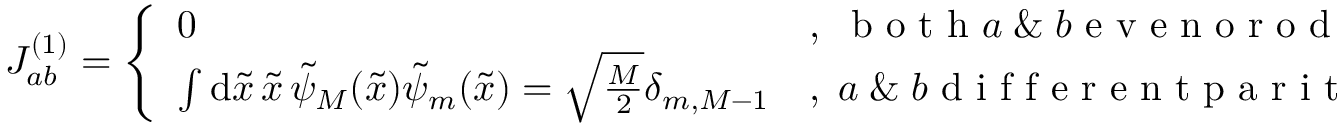
\begin{array} { r } { J _ { a b } ^ { ( 1 ) } = \left\{ \begin{array} { l l } { 0 } & { , \; \mathrm { ~ b ~ o ~ t ~ h ~ } a \; \& \; b \mathrm { ~ e ~ v ~ e ~ n ~ o ~ r ~ o ~ d ~ d ~ ( ~ ` ~ s ~ a ~ m ~ e ~ p ~ a ~ r ~ i ~ t ~ y ~ ' ~ ) ~ } } \\ { \int \mathrm { d } \tilde { x } \, \tilde { x } \, \tilde { \psi } _ { M } ( \tilde { x } ) \tilde { \psi } _ { m } ( \tilde { x } ) = \sqrt { \frac { M } { 2 } } \delta _ { m , M - 1 } } & { , \; a \; \& \; b \mathrm { ~ d ~ i ~ f ~ f ~ e ~ r ~ e ~ n ~ t ~ p ~ a ~ r ~ i ~ t ~ y ~ } } \end{array} \right. } \end{array}